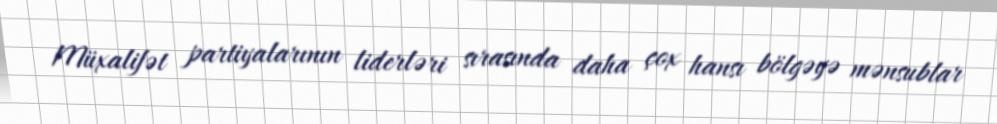
Müxalifət partiyalarının liderləri sırasında daha çox hansı bölgəyə mənsublar